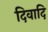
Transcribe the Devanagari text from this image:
दिवादि